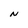
Character: N